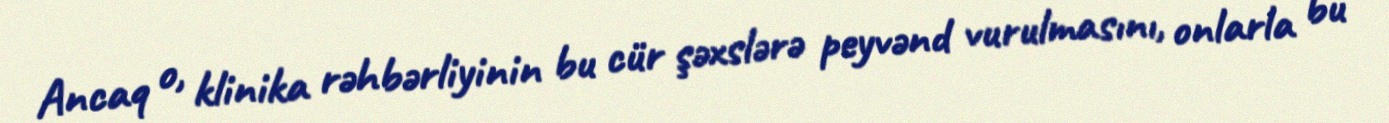
Ancaq o, klinika rəhbərliyinin bu cür şəxslərə peyvənd vurulmasını, onlarla bu